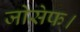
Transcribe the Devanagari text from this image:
जोसेफ।